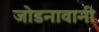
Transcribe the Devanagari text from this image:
जोडनावानी